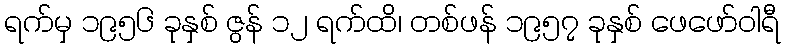
ရက်မှ ၁၉၅၆ ခုနှစ် ဇွန် ၁၂ ရက်ထိ၊ တစ်ဖန် ၁၉၅၇ ခုနှစ် ဖေဖော်ဝါရီ